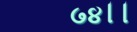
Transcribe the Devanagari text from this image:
७४।।